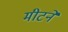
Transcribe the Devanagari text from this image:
मीटने